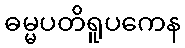
ဓမ္မပတိရူပကေန